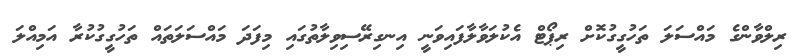
ރިލްވާންގެ މައްސަލަ ތަހުގީގުކޮށް ރިޕޯޓް އެކުލަވާލާފައިވަނީ އިނގިރޭސިވިލާތުގައި މިފަދަ މައްސަލަތައް ތަހުގީގުކުރާ އަމިއްލަ